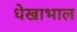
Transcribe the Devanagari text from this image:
धेखाभाल